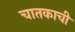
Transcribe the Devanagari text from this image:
चातकाची